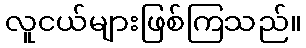
လူငယ်များဖြစ်ကြသည်။